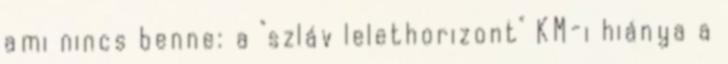
ami nincs benne: a "szláv lelethorizont" KM-i hiánya a